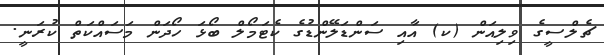
ޗެލްސީގެ ވިލިއަން (ކ) އާއި ސަންޑަލޭންޑުގެ ކެޓަމޯލް ބޯޅަ ހޯދަން މަސައްކަތް ކުރަނީ.